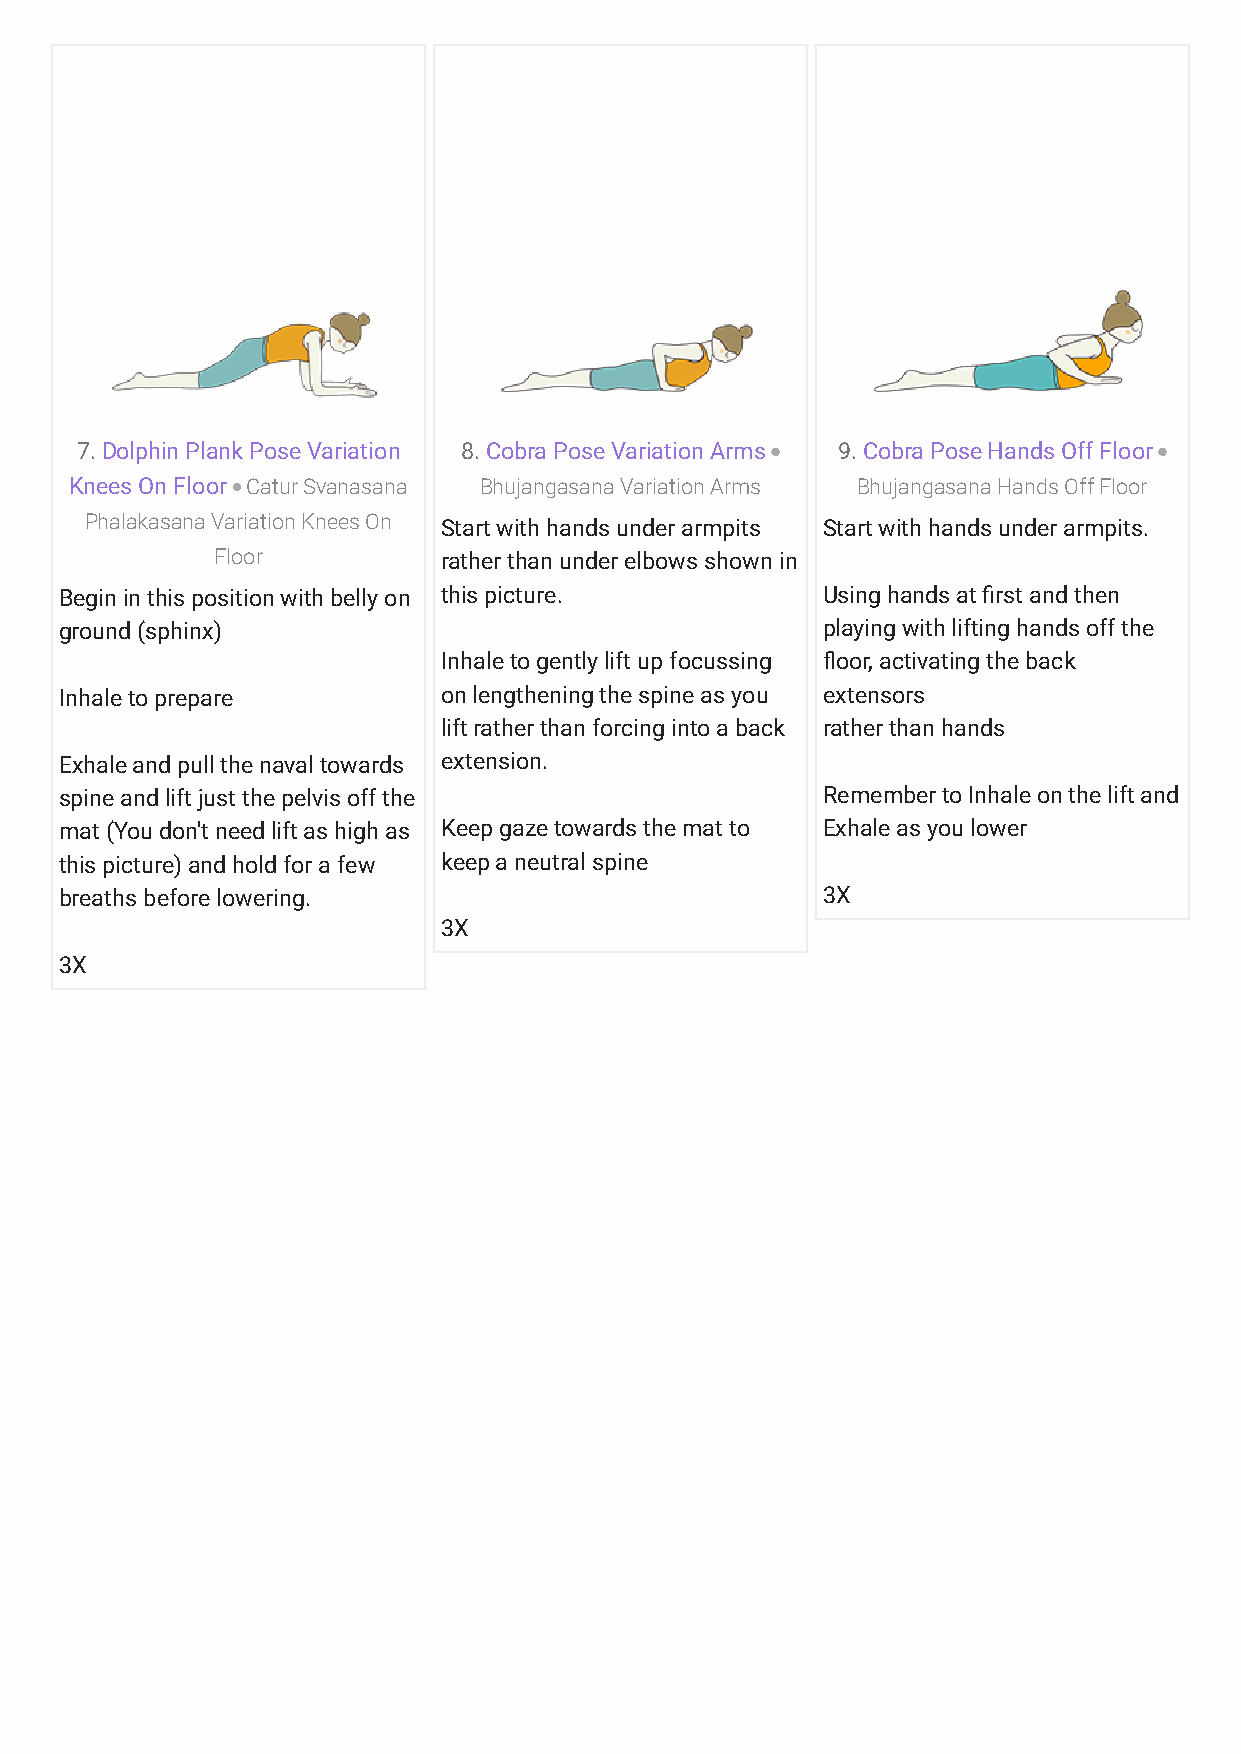
7. Dolphin Plank Pose Variation 8. Cobra Pose Variation Arms 9. Cobra Pose Hands Off Floor
 Knees On Floor Catur Svanasana Bhujangasana Variation Arms Bhujangasana Hands Off Floor
 Phalakasana Variation Knees On Start with hands under armpits Start with hands under armpits.
 Floor          rather than under elbows shown in
 Begin in this position with belly on this picture. Using hands at Krst and then
 ground (sphinx)                                   playing with lifting hands off the
 Inhale to gently lift up focussing ?oor, activating the back
 Inhale to prepare        on lengthening the spine as you extensors
 lift rather than forcing into a back rather than hands
 Exhale and pull the naval towards extension.
 spine and lift just the pelvis off the            Remember to Inhale on the lift and
 mat (You don't need lift as high as Keep gaze towards the mat to Exhale as you lower
 this picture) and hold for a few keep a neutral spine
 breaths before lowering.                          3X
 3X
 3X